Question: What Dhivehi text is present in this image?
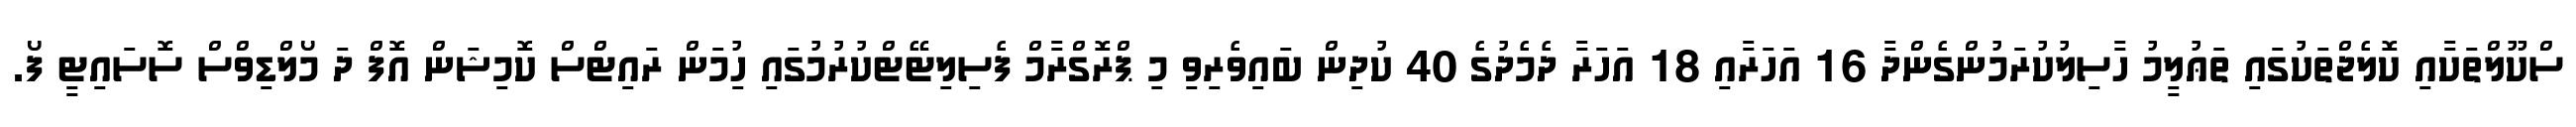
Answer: ސްކޫލްތަކާއި ކޮލެޖްތަކުގައި ތަޢުލީމު ހާސިލުކުރަމުންގެންދާ 16 އަހަރާއި 18 އަހަރާ ދެމެދުގެ 40 ކުދިން ބައިވެރިވި މި ޕްރޮގްރާމް ފެސިލިޓޭޓްކުރުމުގައި ހިުމަން ރައިޓްސް ކޮމިޝަން އޮފް ދަ މޯލްޑިވްސް ސޮސައިޓީ ފޯ.